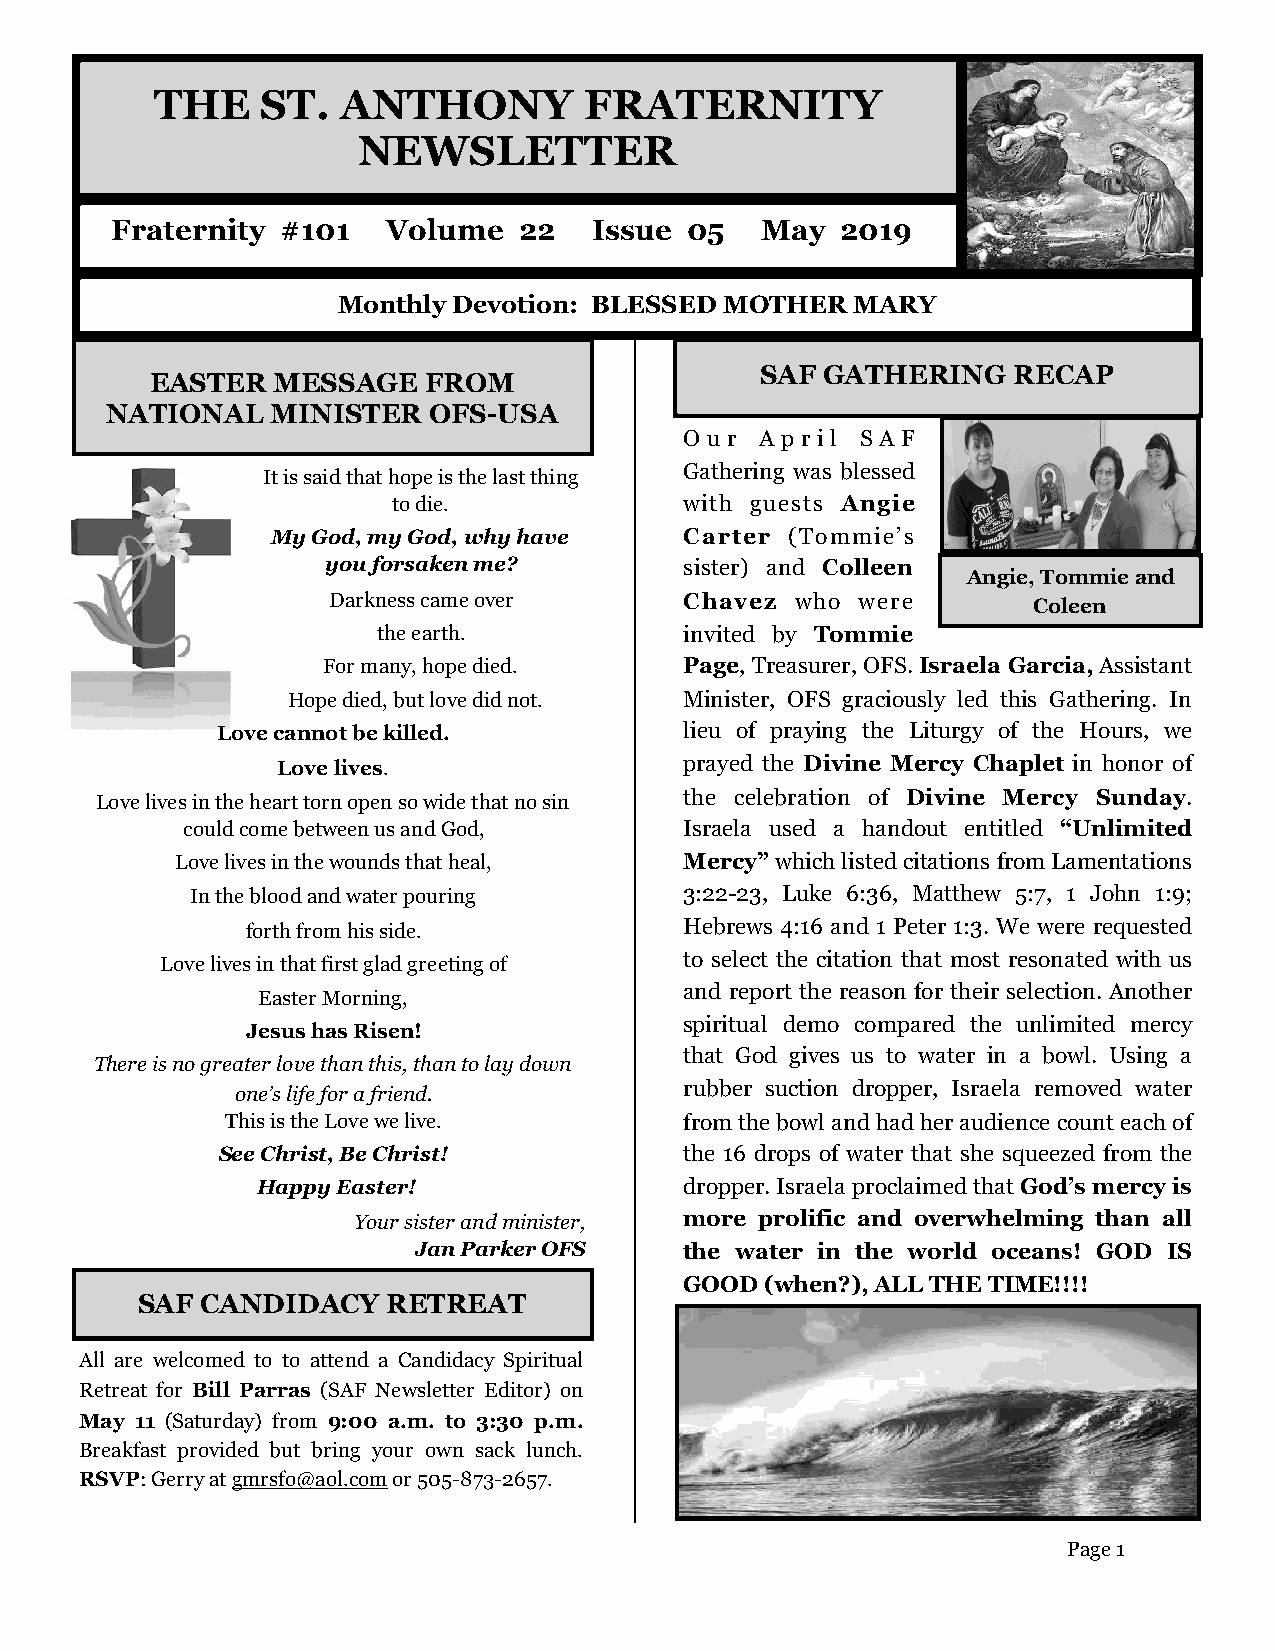
THE    ST.   ANTHONY         FRATERNITY
 NEWSLETTER
 Fraternity  #101   Volume  22   Issue 05   May   2019
 Monthly Devotion: BLESSED MOTHER  MARY
 SAF  GATHERING   RECAP
 EASTER  MESSAGE   FROM
 NATIONAL   MINISTER  OFS-USA
 O u r A p r i l S A F
 It is said that hope is the last thing Gathering was blessed
 to die.            with guests Angie
 My God, my God, why have   Carter (Tommie’s
 you forsaken me?       sister) and Colleen
 Angie, Tommie and
 Darkness came over     Chavez  who were       Coleen
 the earth.          invited by Tommie
 For many, hope died.    Page, Treasurer, OFS. Israela Garcia, Assistant
 Hope died, but love did not. Minister, OFS graciously led this Gathering. In
 Love cannot be killed.         lieu of praying the Liturgy of the Hours, we
 Love lives.                prayed the Divine Mercy Chaplet in honor of
 Love lives in the heart torn open so wide that no sin the celebration of Divine Mercy Sunday.
 could come between us and God,   Israela used a handout entitled “Unlimited
 Love lives in the wounds that heal, Mercy” which listed citations from Lamentations
 In the blood and water pouring  3:22-23, Luke 6:36, Matthew 5:7, 1 John 1:9;
 forth from his side.         Hebrews 4:16 and 1 Peter 1:3. We were requested
 Love lives in that first glad greeting of to select the citation that most resonated with us
 and report the reason for their selection. Another
 Easter Morning,
 spiritual demo compared the unlimited mercy
 Jesus has Risen!
 that God gives us to water in a bowl. Using a
 There is no greater love than this, than to lay down
 one’s life for a friend.     rubber suction dropper, Israela removed water
 This is the Love we live.     from the bowl and had her audience count each of
 See Christ, Be Christ!         the 16 drops of water that she squeezed from the
 Happy Easter!               dropper. Israela proclaimed that God’s mercy is
 Your sister and minister, more prolific and overwhelming than all
 Jan Parker OFS    the water in the world oceans! GOD IS
 GOOD  (when?), ALL THE TIME!!!!
 SAF CANDIDACY    RETREAT
 All are welcomed to to attend a Candidacy Spiritual
 Retreat for Bill Parras (SAF Newsletter Editor) on
 May 11 (Saturday) from 9:00 a.m. to 3:30 p.m.
 Breakfast provided but bring your own sack lunch.
 RSVP: Gerry at gmrsfo@aol.com or 505-873-2657.
 Page 1!